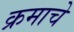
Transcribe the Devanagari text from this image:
क्रमाचे